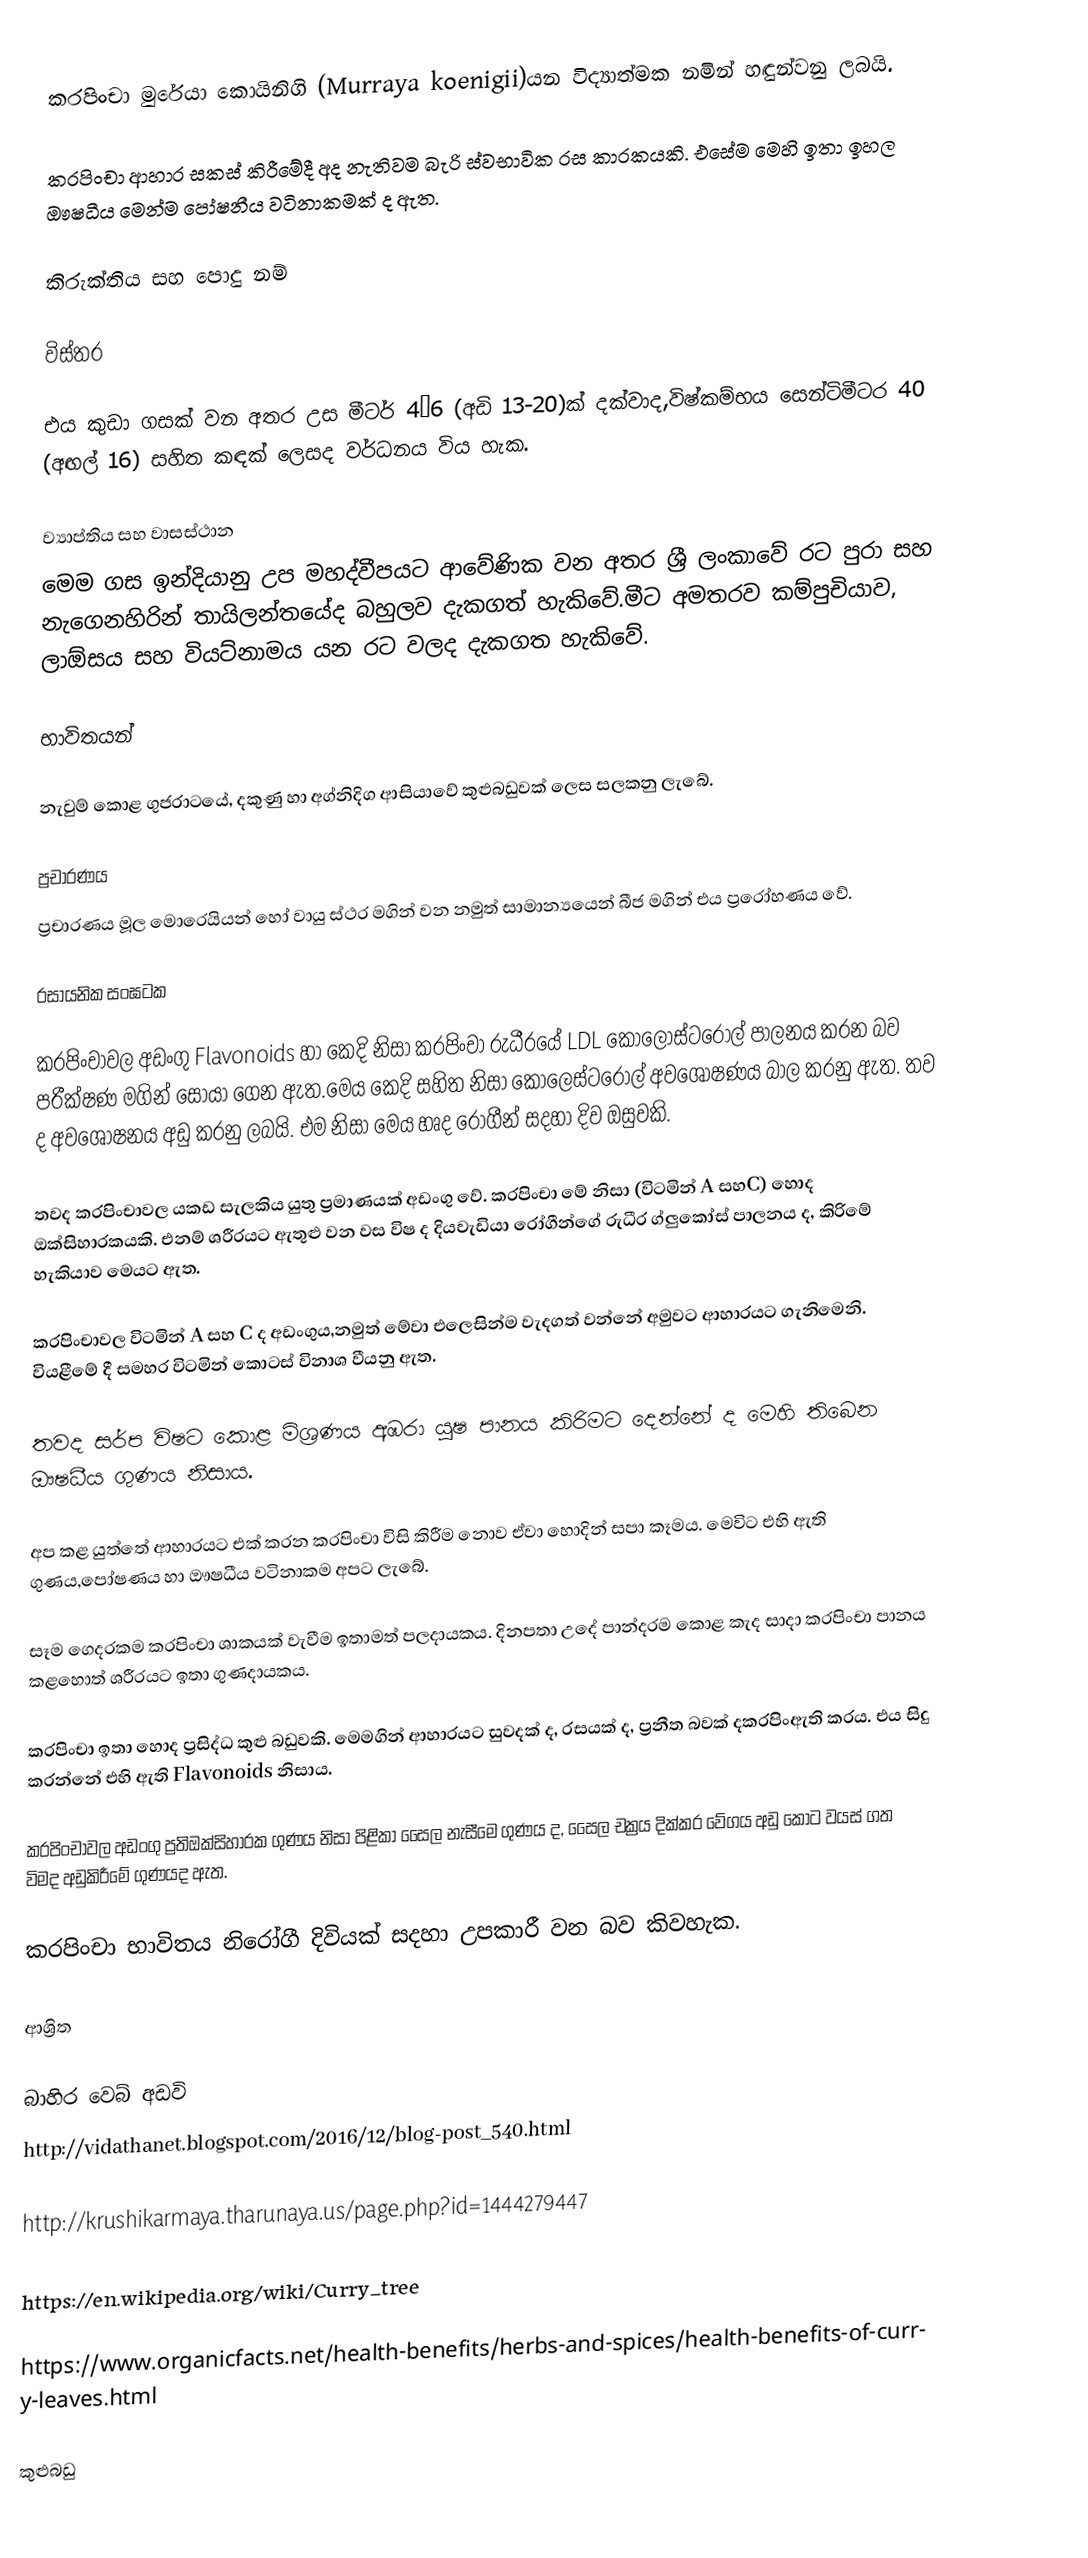
කරපිංචා මුරේයා කොයිනිගි (Murraya koenigii)යන විද්‍යාත්මක නමින් හඳුන්වනු ලබයි.

කරපිංචා ආහාර සකස් කිරී‍මේදී අද නැතිවම බැරි ස්වභාවික රස කාරකයකි. එසේම මෙහි ඉතා ඉහල ඖෂධීය මෙන්ම පෝෂනීය වටිනාකමක් ද ඇත.

කිරුක්තිය සහ පොදු නම්

විස්තර

එය කුඩා ගසක් වන අතර උස මීටර් 4–6 (අඩි 13-20)ක් දක්වාද,විෂ්කම්භය සෙන්ටිමීටර 40 (අඟල් 16) සහිත කඳක් ලෙසද වර්ධනය විය හැක.

ව්‍යාප්තිය සහ වාසස්ථාන
මෙම ගස ඉන්දියානු උප මහද්වීපයට ආවේණික වන අතර ශ්‍රී ලංකාවේ රට පුරා සහ නැගෙනහිරින් තායිලන්තයේද බහුලව දැකගත් හැකිවේ.මීට අමතරව කම්පුචියාව, ලාඕසය සහ වියට්නාමය යන රට වලද දැකගත හැකිවේ.

භාවිතයන්

නැවුම් කොළ ගුජරාටයේ, දකුණු හා අග්නිදිග ආසියාවේ කුළුබඩුවක් ලෙස සලකනු ලැබේ.

ප්‍රචාරණය
ප්‍රචාරණය මූල මොරෙයියන් හෝ වායු ස්ථර මගින් වන නමුත් සාමාන්‍යයෙන් බීජ මගින් එය ප්‍රරෝහණය වේ.

රසායනික සංඝටක

කරපිංචාවල  අඩංගු Flavonoids හා කෙදි නිසා කරපිංචා රුධීරයේ  LDL කොලොස්ටරෝල් පාලනය කරන බව පරීක්ෂණ මගින් සොයා ගෙන ඇත.මෙය කෙදි සහිත නිසා කොලෙස්ටරෝල් අවශෝෂණය බාල කරනු ඇත. තව ද අවශෝෂනය අඩු කරනු ලබයි. එම නිසා ‍මෙය හෘද රෝගීන් සදහා දිව ඔසුවකි.

තවද කරපිංචාවල යකඩ සැලකිය යුතු ප්‍රමාණයක් අඩංගු වේ. කරපිංචා මේ නිසා (විටමින් A සහC) හොද ඔක්සිහාරකයකි. එනම් ශරීරයට ඇතුළු වන වස විෂ ද දියවැඩියා රෝගීන්ගේ රුධීර ග්ලුකෝස් පාලනය ද, කිරිමේ හැකියාව මෙයට ඇත.

කරපිංචාවල විටමින් A සහ C ද අඩංගුය,නමුත් මේවා එලෙසින්ම වැදගත් වන්නේ අමුවට ආහාරයට ගැනිමෙනි. වියළීමේ දී සමහර විටමින් කොටස් විනාශ වීයනු ඇත.

තවද සර්ප විෂට කොළ මිශ්‍රණය අඹරා යුෂ පානය කිරිමට දෙන්නේ ද මෙහි තිබෙන ඖෂධීය ගුණය නිසාය.

අප කළ යුත්තේ ආහාරයට එක් කරන කරපිංචා විසි කිරීම නොව ඒවා හොදින් සපා කෑමය. මෙවිට එහි ඇති ගුණය,පෝෂණය හා ඖෂධීය වටිනාකම අපට ලැබේ.              

සෑම ගෙදරකම කරපිංචා ශාකයක් වැවීම ඉතාමත් පලදායකය. දිනපතා උදේ පාන්දරම කොළ කැද සාදා කරපිංචා පානය කළහොත් ශරීරයට ඉතා ගුණදායකය.

කරපිංචා ඉතා හොද ප්‍රසිද්ධ කුළු බඩුවකි. මෙමගින් ආහාරයට සුවදක් ද, රසයක් ද, ප්‍රනීත බවක් දකරපිංඇති කරය. එය සිදු කරන්නේ එහි ඇති Flavonoids නිසාය.

කරපිංචාවල අඩංගු ප්‍රතිඔක්සිහාරක ගුණය නිසා පිළිකා සෛල නැසීමෙ ගුණය ද, සෛල චක්‍රය දික්කර වේගය අඩු කොට වයස් ගත විමද අඩුකිරීමේ ගුණයද ඇත.

කරපිංචා භාවිතය නිරෝගී දිවියක් සදහා උපකාරී වන බව කිවහැක.

ආශ්‍රිත

බාහිර වෙබ් අඩවි
http://vidathanet.blogspot.com/2016/12/blog-post_540.html

http://krushikarmaya.tharunaya.us/page.php?id=1444279447

https://en.wikipedia.org/wiki/Curry_tree

https://www.organicfacts.net/health-benefits/herbs-and-spices/health-benefits-of-curry-leaves.html

කුළුබඩු